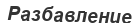
Разбавление